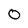
Character: 0